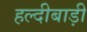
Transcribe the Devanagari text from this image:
हल्दीबाड़ी